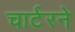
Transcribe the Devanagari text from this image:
चार्टरने